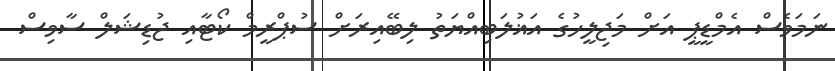
ނަމަވެސް އެމްޑީޕީ އަށް މަޖިލީހުގެ އަޣުލަބިއްޔަތު ލިބޭއިރަށް ސުޕްރީމް ކޯޓާއި ޖުޑިޝަލް ސާވިސް